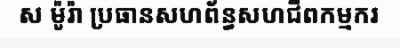
ស ម៉ូរ៉ា ប្រធានសហព័ន្ធសហជីពកម្មករ